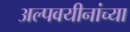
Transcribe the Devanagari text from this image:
अल्पवयीनांच्या